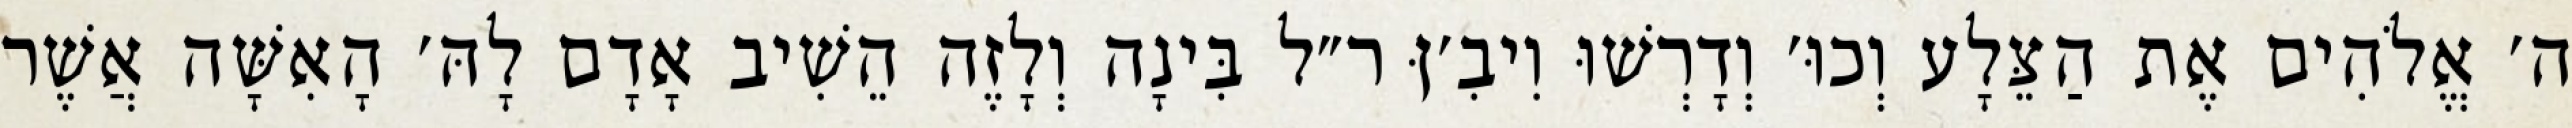
ה׳ אֱלֹהִים אֶת הַצֵּלָע וְכוּ׳ וְדָרְשׁוּ וִיבִ׳ןּ ר״ל בִּינָה וְלָזֶה הֵשִׁיב אָדָם לָהּ׳ הָאִשָּׁה אֲשֶׁר